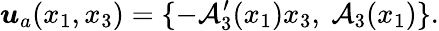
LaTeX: \boldsymbol{u}_{a}(x_{1},x_{3})=\{ -\mathcal{A}_{3}^{\prime}(x_{1})x_{3},\ \mathcal{A}_{3}(x_{1})\} .